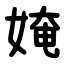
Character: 㛪